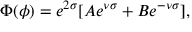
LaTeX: \Phi ( \phi ) = e ^ { 2 \sigma } [ A e ^ { \nu \sigma } + B e ^ { - \nu \sigma } ] ,